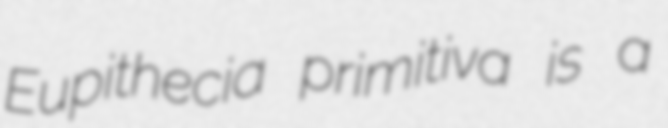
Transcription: Eupithecia primitiva is a